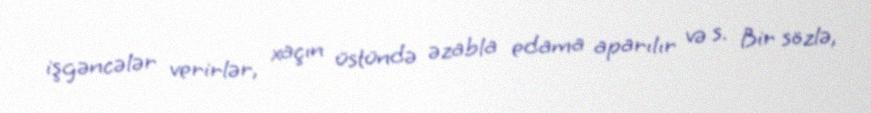
işgəncələr verirlər, xaçın üstündə əzabla edama aparılır və s. Bir sözlə,